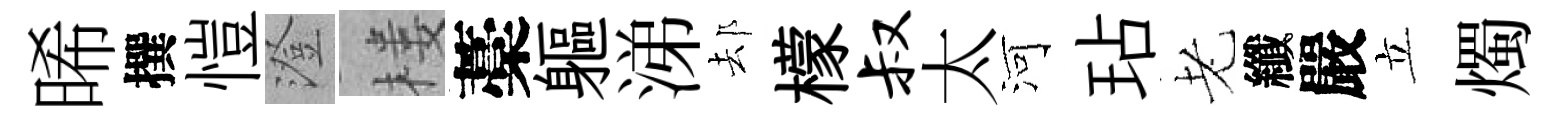
晞撰愷澄楼藁軀涕𨚫檬叔太河玷老纖嚴立燭